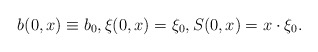
\begin{align*}b(0, x) \equiv b_0, \xi(0, x ) = \xi_0, S(0, x) = x \cdot \xi_0.\end{align*}